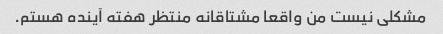
مشکلی نیست من واقعا مشتاقانه منتظر هفته آینده هستم.